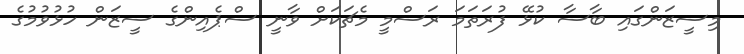
މިސީޒަންގައި ބާސާ ކުޅޭ ފުރަތަމަ ރަސްމީ މެޗަކަށް ވާނީ ސްޕެއިންގެ ސީޒަން ހުޅުވުމުގެ